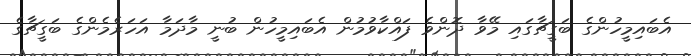
އެބައިމީހުންގެ ބަގީޗާގައި މޭވާ ދޮންވެ ފައްކާވުމުން އެބައިމީހުން ބުނީ މާދަމާ އަހަރެމެންގެ ބަގީޗާގެ